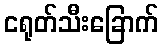
ငရုတ်သီးခြောက်